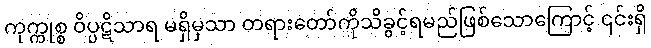
ကုက္ကုစ္စ ဝိပ္ပဋိသာရ မရှိမှသာ တရားတော်ကိုသိခွင့်ရမည်ဖြစ်သောကြောင့် ၎င်းရှိ